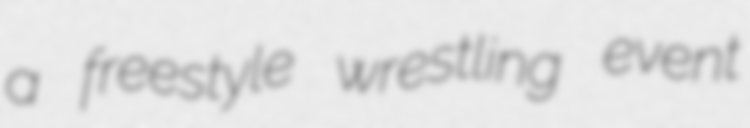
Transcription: a freestyle wrestling event